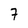
Character: 7